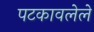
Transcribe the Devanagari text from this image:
पटकावलेले